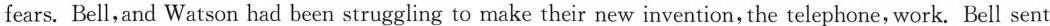
fears. Bell,and Watson had been struggling to make their new invention, the telephone, work. Bell sent